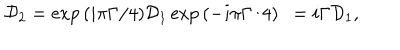
{ \cal D } _ { 2 } = \exp { ( i \pi \Gamma / 4 ) } { \cal D } _ { 1 } \exp { ( - i \pi \Gamma / 4 ) } ~ ~ = i { \Gamma } { \cal D } _ { 1 } ,